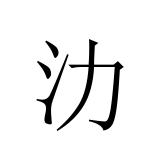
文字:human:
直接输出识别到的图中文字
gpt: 氻